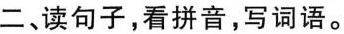
二、读句子，看拼音，写词语。